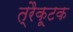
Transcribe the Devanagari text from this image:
त्रैकूटक